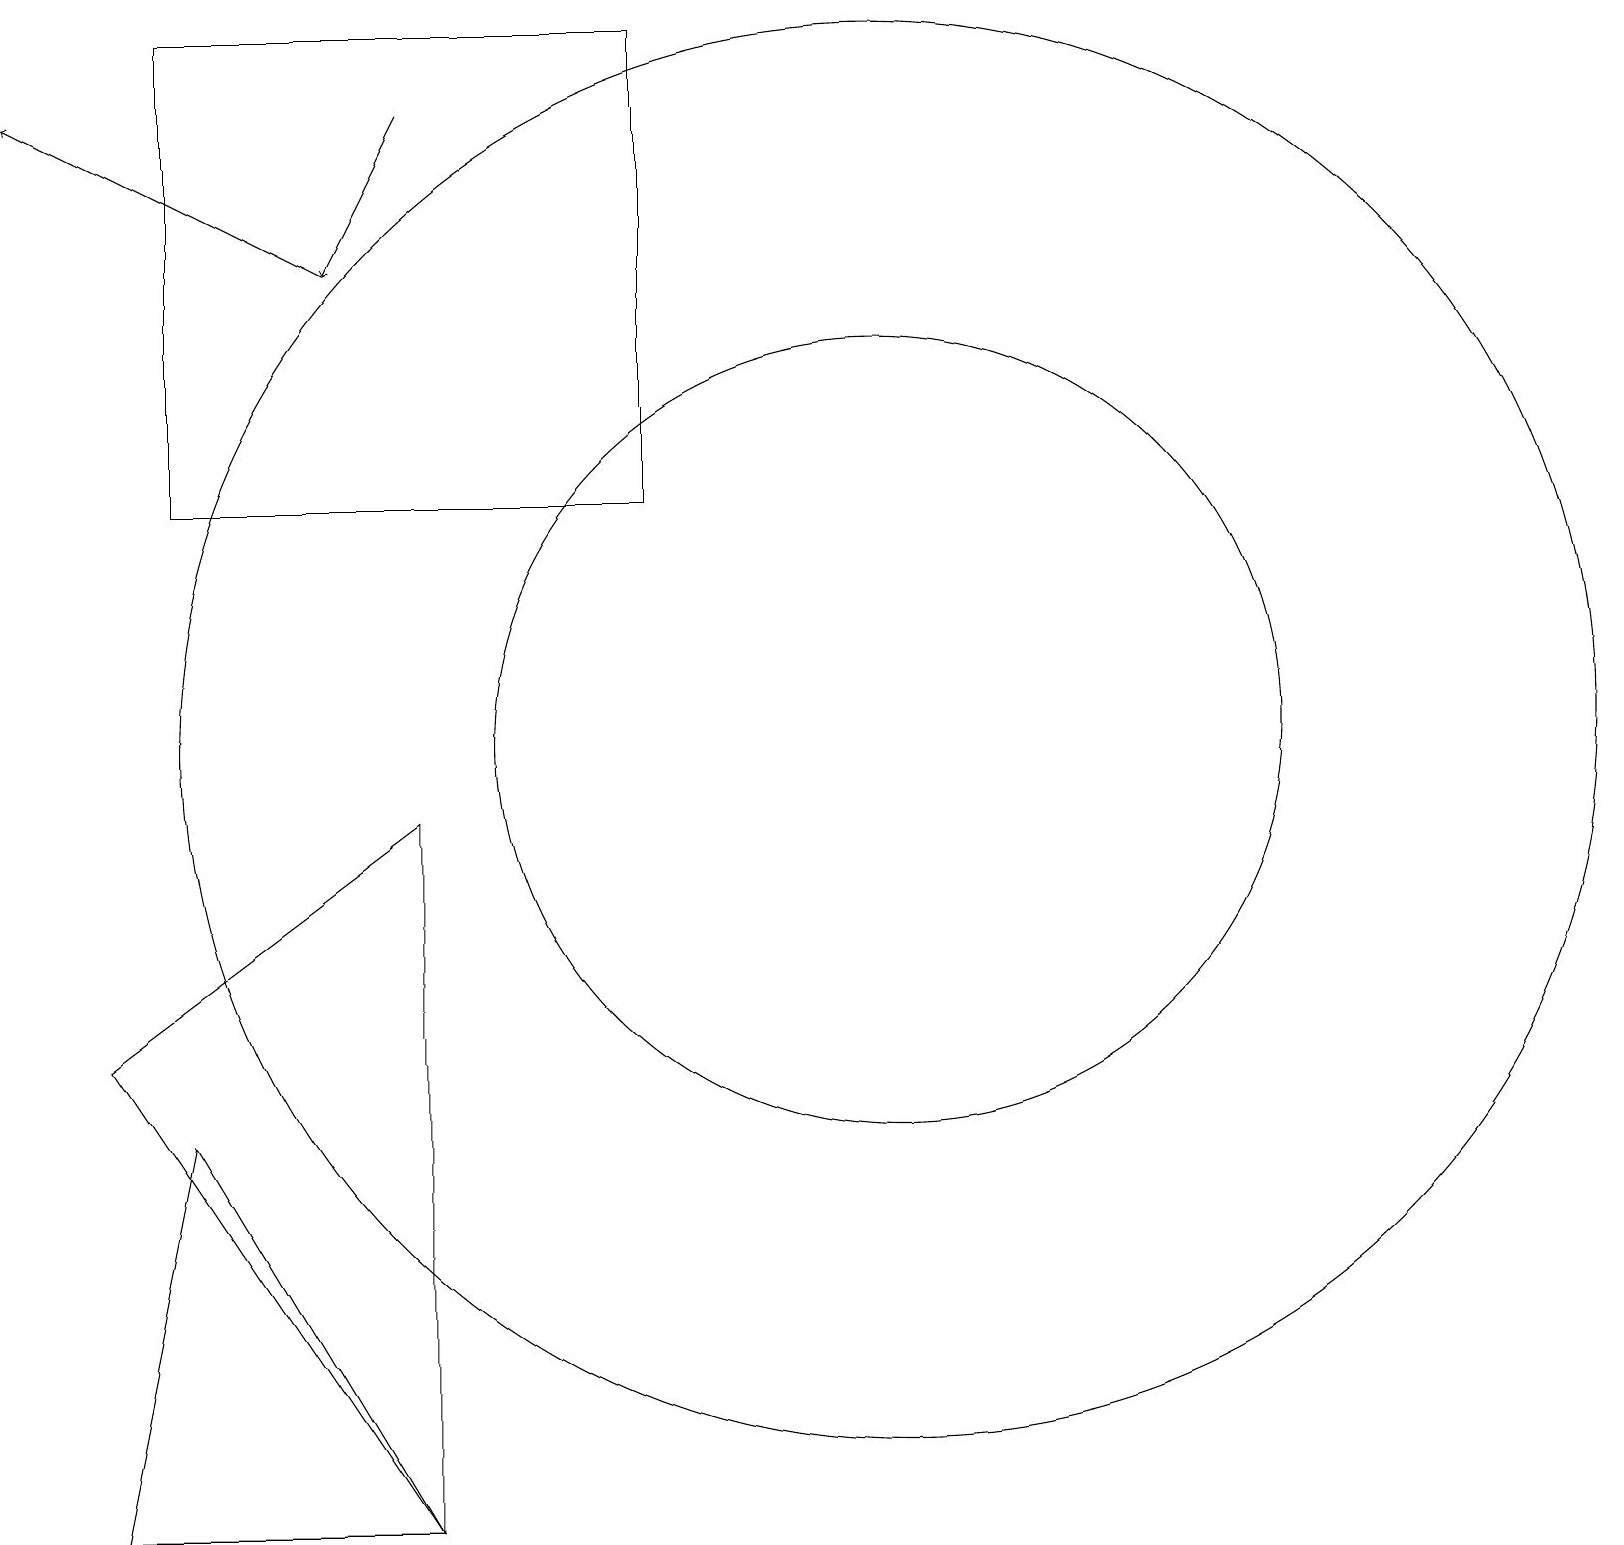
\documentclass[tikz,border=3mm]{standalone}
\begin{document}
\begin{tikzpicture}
\draw[->] (5,18) -- (4,16);
\draw[->] (4,16) -- (0,18);
\draw (10,10) circle (0);
\draw (11,10) circle (9);
\draw (5,0) -- (1,0) -- (2,5) -- cycle;
\draw (1,6) -- (5,0) -- (5,9) -- cycle;
\draw (11,10) circle (5);
\draw (8,19) rectangle (2,13);
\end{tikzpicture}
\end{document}